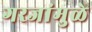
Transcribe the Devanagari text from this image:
गरजांमुळे